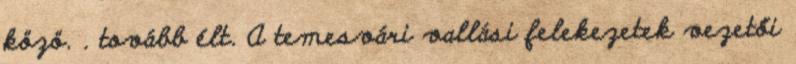
közö. . tovább élt. A temesvári vallási felekezetek vezetői